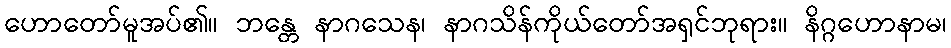
ဟောတော်မူအပ်၏။ ဘန္တေ နာဂသေန၊ နာဂသိန်ကိုယ်တော်အရှင်ဘုရား။ နိဂ္ဂဟောနာမ၊